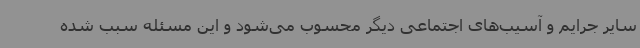
سایر جرایم و آسیب‌های اجتماعی دیگر محسوب می‌شود و این مسئله سبب شده